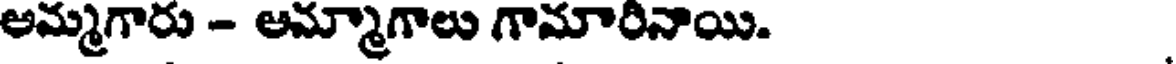
అమ్మగారు - ఆమ్మాగాలు గామారినాయి.